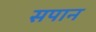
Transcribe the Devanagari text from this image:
सपान